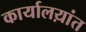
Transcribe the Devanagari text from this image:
कार्यालय़ांत